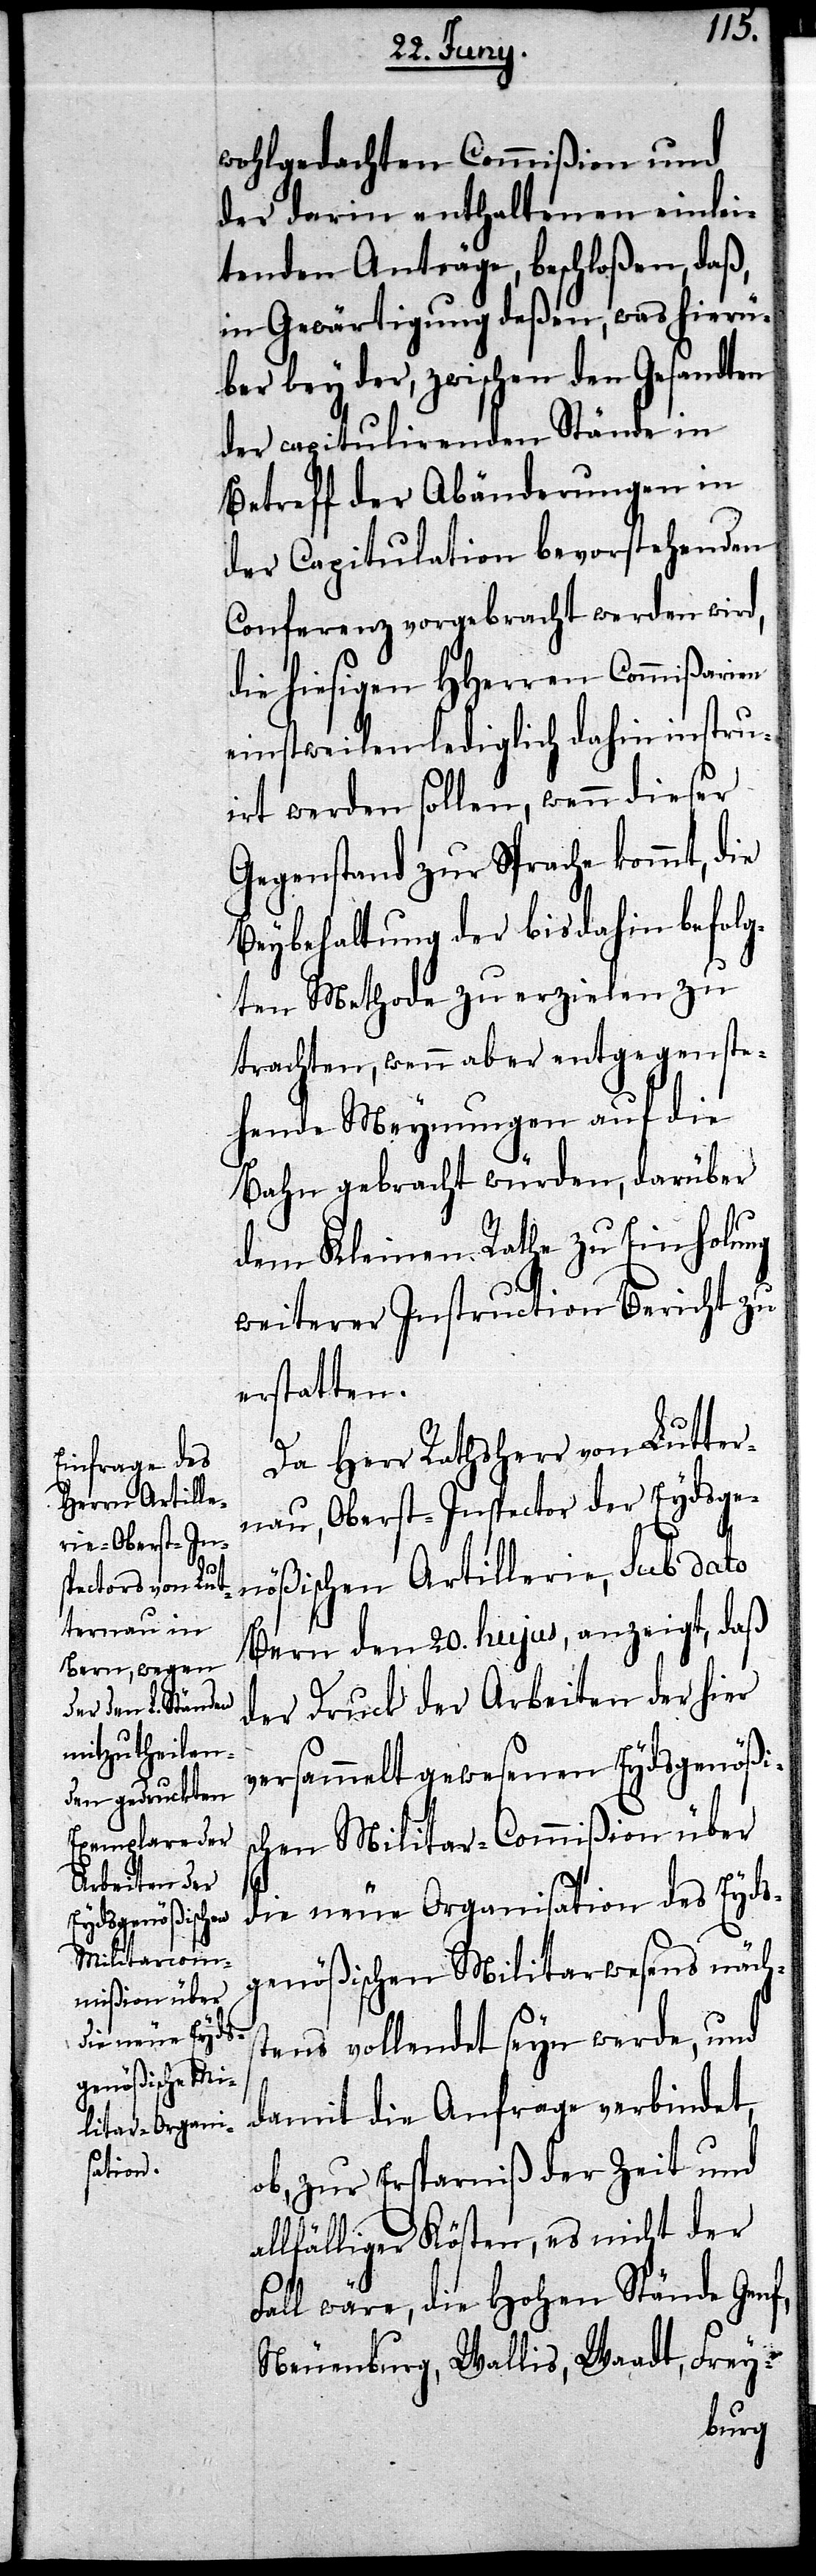
wohlgedachten Commißion und
der darin enthaltenden einlei¬
tenden Anträge, beschloßen, daß,
in Gewärtigung deßen, was hierü¬
ber bey der, zwischen den Gesandten
der capitulirenden Stände in
Betreff der Abänderungen in
der Capitulation bevorstehenden
Conferenz vorgebracht werden wird,
die hiesigen HHerren Commißarien
einstweilen lediglich dahin instru¬
iert werden sollen, wenn dieser
Gegenstand zur Sprache kommt, die
Beybehaltung der bis dahin befolg¬
ten Methode zu erzielen zu
trachten, wenn aber entgegenste¬
hende Meynungen auf die
Bahn gebracht würden, darüber
dem Kleinen Rathe zu Einholung
weiterer Instruction Bericht zu
erstatten.
Da Herr Rathsherr von Lutter¬
nau, Oberst-Inspector der Eydsge¬
nößischen Artillerie, Sub dato
Bern den 20. hujus, anzeigt, daß
der Druck der Arbeiten der hier
versammelt gewesenen Eydsgenößis¬
chen Militar-Commißion über
die neue Organisation des Eyds¬
genößischen Militarwesens näch¬
stens vollendet seyn werde, und
damit die Anfrage verbindet,
ob, zur Ersparniß der Zeit und
allfälliger Kösten, es nicht der
Fall wäre, die Hohen Stände Genf,
Neuenburg, Wallis, Waadt, Frey-